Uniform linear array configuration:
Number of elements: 24
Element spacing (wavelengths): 0.5
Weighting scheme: blackman
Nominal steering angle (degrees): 0
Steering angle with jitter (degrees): -1.831
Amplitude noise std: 0.05
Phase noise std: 0.05

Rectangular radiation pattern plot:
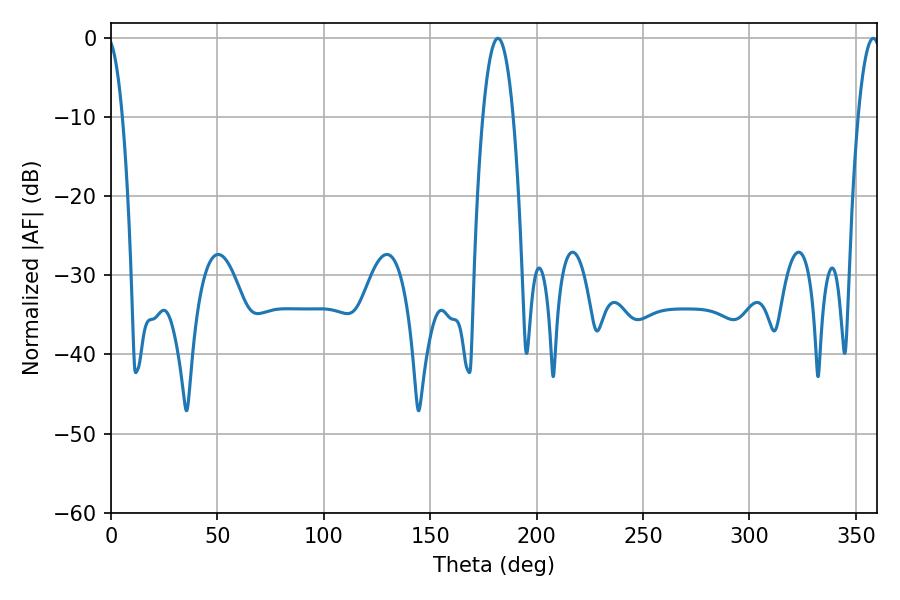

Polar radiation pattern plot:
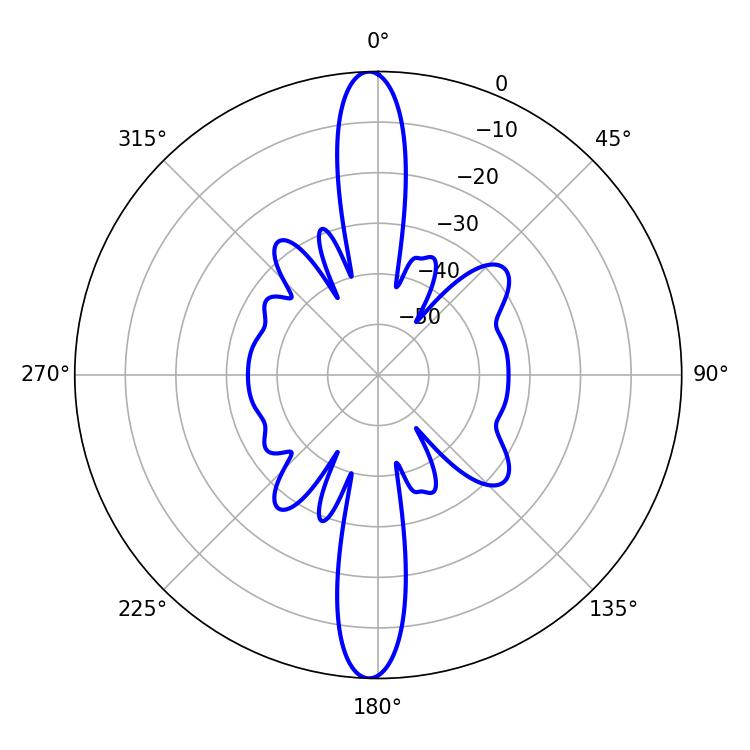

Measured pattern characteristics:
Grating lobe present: FALSE
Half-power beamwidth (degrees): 7.92
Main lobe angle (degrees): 181.8